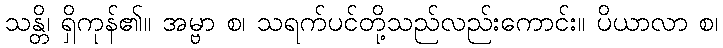
သန္တိ၊ ရှိကုန်၏။ အမ္ဗာ စ၊ သရက်ပင်တို့သည်လည်းကောင်း။ ပိယာလာ စ၊